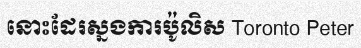
នោះដែរស្នងការប៉ូលិស Toronto Peter